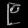
Digit: ၉